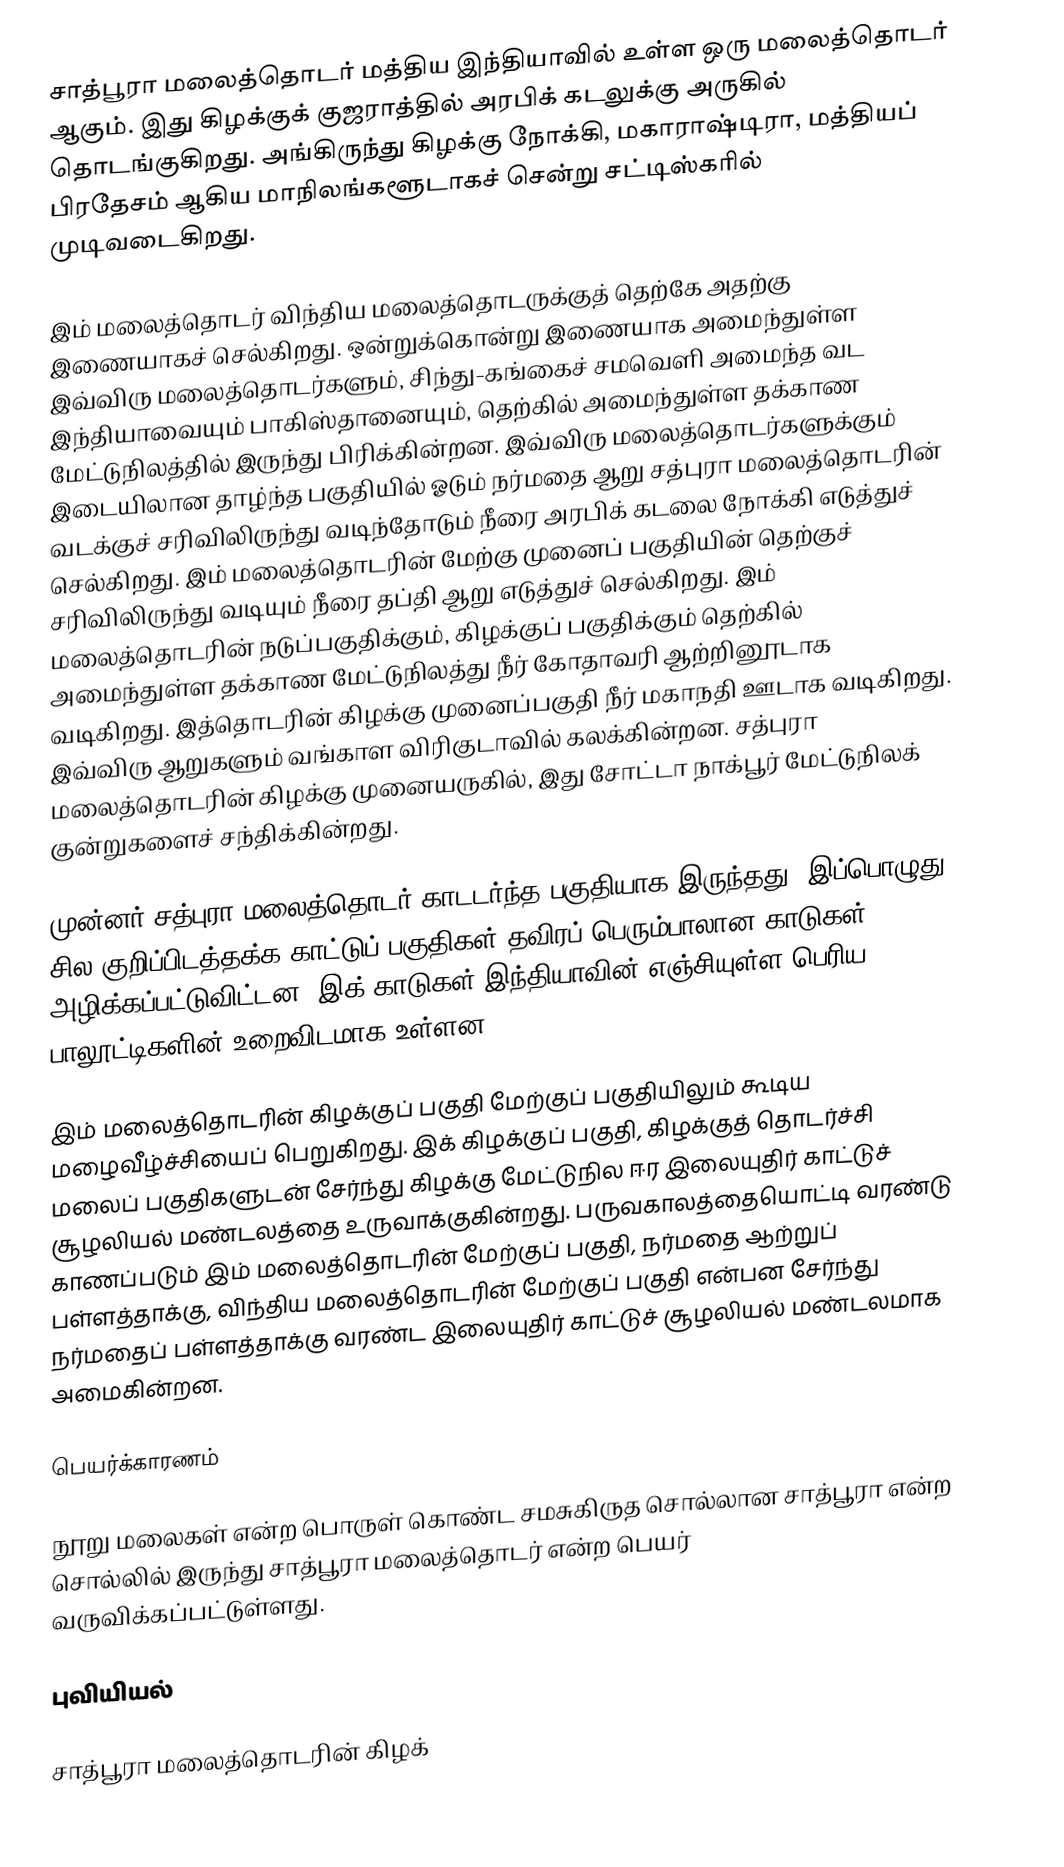
சாத்பூரா மலைத்தொடர் மத்திய இந்தியாவில் உள்ள ஒரு மலைத்தொடர் ஆகும். இது கிழக்குக் குஜராத்தில் அரபிக் கடலுக்கு அருகில் தொடங்குகிறது. அங்கிருந்து கிழக்கு நோக்கி, மகாராஷ்டிரா, மத்தியப் பிரதேசம் ஆகிய மாநிலங்களூடாகச் சென்று சட்டிஸ்கரில் முடிவடைகிறது.

இம் மலைத்தொடர் விந்திய மலைத்தொடருக்குத் தெற்கே அதற்கு இணையாகச் செல்கிறது. ஒன்றுக்கொன்று இணையாக அமைந்துள்ள இவ்விரு மலைத்தொடர்களும், சிந்து-கங்கைச் சமவெளி அமைந்த வட இந்தியாவையும் பாகிஸ்தானையும், தெற்கில் அமைந்துள்ள தக்காண மேட்டுநிலத்தில் இருந்து பிரிக்கின்றன. இவ்விரு மலைத்தொடர்களுக்கும் இடையிலான தாழ்ந்த பகுதியில் ஓடும் நர்மதை ஆறு சத்புரா மலைத்தொடரின் வடக்குச் சரிவிலிருந்து வடிந்தோடும் நீரை அரபிக் கடலை நோக்கி எடுத்துச் செல்கிறது. இம் மலைத்தொடரின் மேற்கு முனைப் பகுதியின் தெற்குச் சரிவிலிருந்து வடியும் நீரை தப்தி ஆறு எடுத்துச் செல்கிறது. இம் மலைத்தொடரின் நடுப்பகுதிக்கும், கிழக்குப் பகுதிக்கும் தெற்கில் அமைந்துள்ள தக்காண மேட்டுநிலத்து நீர் கோதாவரி ஆற்றினூடாக வடிகிறது. இத்தொடரின் கிழக்கு முனைப்பகுதி நீர் மகாநதி ஊடாக வடிகிறது. இவ்விரு ஆறுகளும் வங்காள விரிகுடாவில் கலக்கின்றன. சத்புரா மலைத்தொடரின் கிழக்கு முனையருகில், இது சோட்டா நாக்பூர் மேட்டுநிலக் குன்றுகளைச் சந்திக்கின்றது.

முன்னர் சத்புரா மலைத்தொடர் காடடர்ந்த பகுதியாக இருந்தது. இப்பொழுது சில குறிப்பிடத்தக்க காட்டுப் பகுதிகள் தவிரப் பெரும்பாலான காடுகள் அழிக்கப்பட்டுவிட்டன. இக் காடுகள் இந்தியாவின் எஞ்சியுள்ள பெரிய பாலூட்டிகளின் உறைவிடமாக உள்ளன.

இம் மலைத்தொடரின் கிழக்குப் பகுதி மேற்குப் பகுதியிலும் கூடிய மழைவீழ்ச்சியைப் பெறுகிறது. இக் கிழக்குப் பகுதி, கிழக்குத் தொடர்ச்சி மலைப் பகுதிகளுடன் சேர்ந்து கிழக்கு மேட்டுநில ஈர இலையுதிர் காட்டுச் சூழலியல் மண்டலத்தை உருவாக்குகின்றது. பருவகாலத்தையொட்டி வரண்டு காணப்படும் இம் மலைத்தொடரின் மேற்குப் பகுதி, நர்மதை ஆற்றுப் பள்ளத்தாக்கு, விந்திய மலைத்தொடரின் மேற்குப் பகுதி என்பன சேர்ந்து நர்மதைப் பள்ளத்தாக்கு வரண்ட இலையுதிர் காட்டுச் சூழலியல் மண்டலமாக அமைகின்றன.

பெயர்க்காரணம்

நூறு மலைகள் என்ற பொருள் கொண்ட சமசுகிருத சொல்லான சாத்பூரா என்ற சொல்லில் இருந்து சாத்பூரா மலைத்தொடர் என்ற பெயர் வருவிக்கப்பட்டுள்ளது.

புவியியல்

சாத்பூரா மலைத்தொடரின் கிழக்